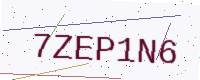
Text: 7ZEP1N6